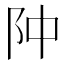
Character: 䦿